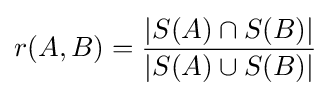
r(A,B)={{|S(A)\cap S(B)|} \over {|S(A)\cup S(B)|}}